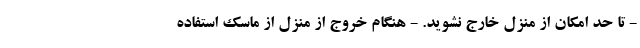
- تا حد امکان از منزل خارج نشوید. - هنگام خروج از منزل از ماسک استفاده